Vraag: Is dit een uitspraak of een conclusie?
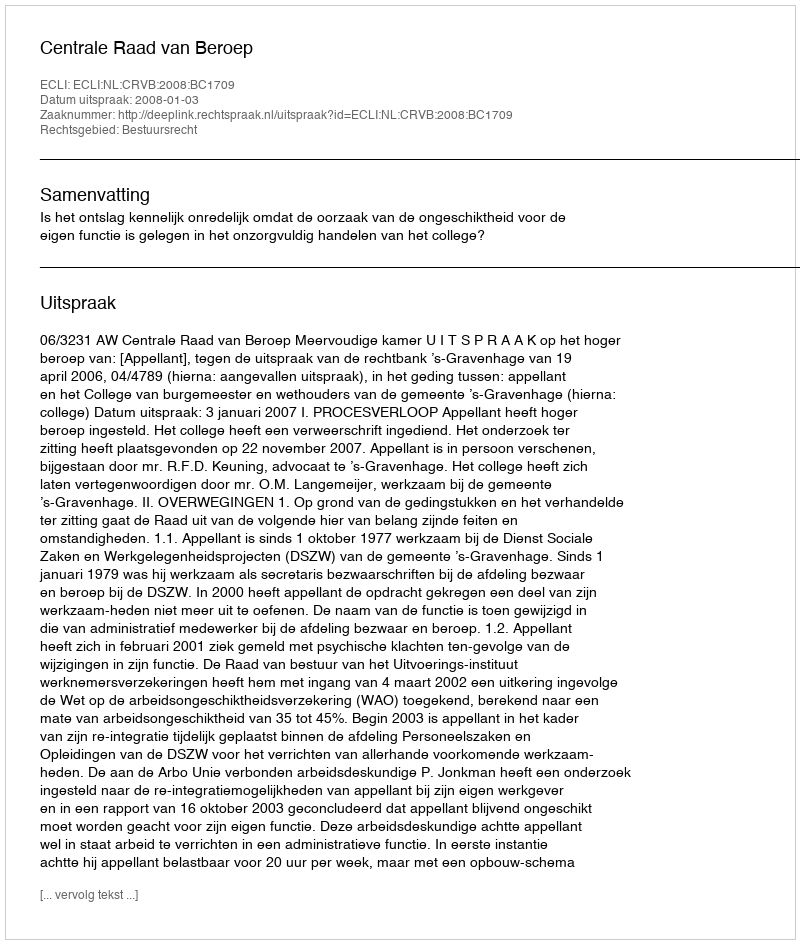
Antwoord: Uitspraak